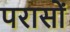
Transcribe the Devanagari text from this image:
परासों